Report on plague and inoculation in the Punjab from October 1st ... to September 30th..., being the ... season of plague in the province
Disease focus: Plague
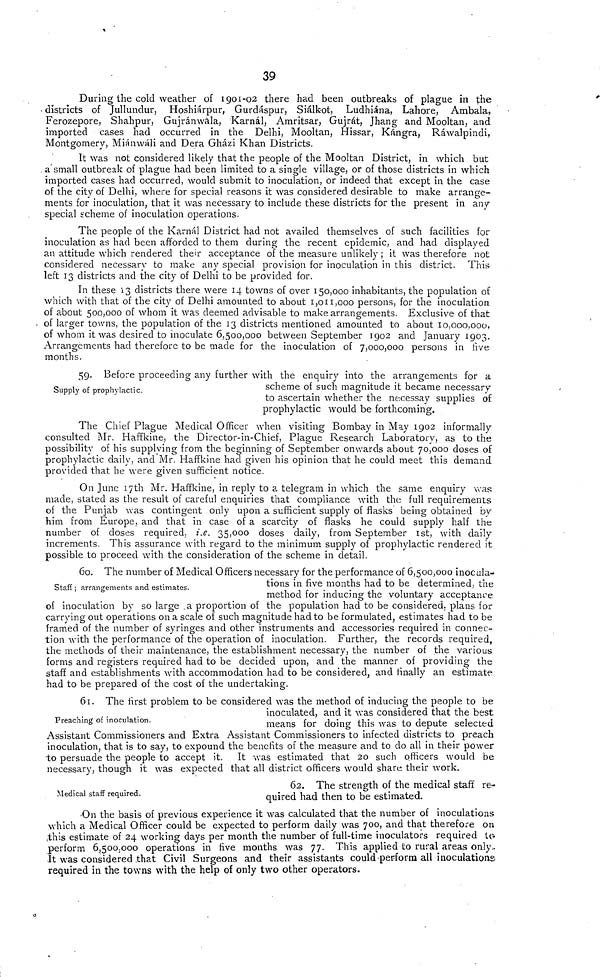
39
During the cold weather of 1901-02 there had been outbreaks of plague in the
• districts of Jullundur, Hoshiárpur, Gurdáspur, Siálkot, Ludhiána, Lahore, Ambala,
Ferozepore, Shahpur, Gujránwala, Karnál, Amritsar, Gujrát, Jhang and Mooltan, and
imported cases had occurred in the Delhi, Mooltan, Hissar, Kángra, Ráwalpindi,
Montgomery, Miánwáli and Dera Gházi Khan Districts.
It was not considered likely that the people of the Mooltan District, in which but
a small outbreak of plague had been limited to a single village, or of those districts in which
imported cases had occurred, would submit to inoculation, or indeed that except in the case
of the city of Delhi, where for special reasons it was considered desirable to make arrange-
ments for inoculation, that it was necessary to include these districts for the present in any
special scheme of inoculation operations.
The people of the Karnál District had not availed themselves of such facilities for
inoculation as had been afforded to them during the recent epidemic, and had displayed
an attitude which rendered their acceptance of the measure unlikely ; it was therefore not
considered necessary to make any special provision for inoculation in this district. This
left 13 districts and the city of Delhi to be provided for.
In these 13 districts there were 14 towns of over 150,000 inhabitants, the population of
which with that of the city of Delhi amounted to about 1,011,000 persons, for the inoculation
of about 500,000 of whom it was deemed advisable to make arrangements. Exclusive of that
of larger towns, the population of the 13 districts mentioned amounted to about 10,000,000,
of whom it was desired to inoculate 6,500,000 between September 1902 and January 1903.
Arrangements had therefore to be made for the inoculation of 7,000,000 persons in five
months.
Supply of prophylactic.
59. Before proceeding any further with the enquiry into the arrangements for a
scheme of such magnitude it became necessary
to ascertain whether the necessay supplies of
prophylactic would be forthcoming.
The Chief Plague Medical Officer when visiting Bombay in May 1902 informally
consulted Mr. Haffkine, the Director-in-Chief, Plague Research Laboratory, as to the
possibility of his supplying from the beginning of September onwards about 70,000 doses of
prophylactic daily, and Mr. Haffkine had given his opinion that he could meet this demand
provided that he were given sufficient notice.
On June 17th Mr. Haffkine, in reply to a telegram in which the same enquiry was
made, stated as the result of careful enquiries that compliance with the full requirements
of the Punjab was contingent only upon a sufficient supply of flasks being obtained by
him from Europe, and that in case of a scarcity of flasks he could supply half the
number of doses required, i.e. 35,000 doses daily, from September 1st, with daily
increments. This assurance with regard to the minimum supply of prophylactic rendered it
possible to proceed with the consideration of the scheme in detail.
Staff ; arrangements and estimates.
60. The number of Medical Officers necessary for the performance of 6,500,000 inocula-
tions in five months had to be determined, the
method for inducing: the voluntary acceptance
of inoculation by so large a proportion of the population had to be considered, plans for
carrying" out operations on a scale of such magnitude had to be formulated, estimates had to be
framed of the number of syringes and other instruments and accessories required in connec-
tion with the performance of the operation of inoculation. Further, the records required,
the methods of their maintenance, the establishment necessary, the number of the various
forms and registers required had to be decided upon, and the manner of providing the
staff and establishments with accommodation had to be considered, and finally an estimate
had to be prepared of the cost of the undertaking.
Preaching of inoculation.
61. The first problem to be considered was the method of inducing: the people to be
inoculated, and it was considered that the best
means for doing this was to depute selected
Assistant Commissioners and Extra Assistant Commissioners to infected districts to preach
inoculation, that is to say, to expound the benefits of the measure and to do all in their power
to persuade the people to accept it. It was estimated that 20 such officers would be
necessary, though it was expected that all district officers would share their work.
Medical staff required.
62. The strength of the medical staff re-
quired had then to be estimated.
On the basis of previous experience it was calculated that the number of inoculations
which a Medical Officer could be expected to perform daily was 700, and that therefore on
this estimate of 24 working days per month the number of full-time inoculators required to
perform 6,500,000 operations in five months was 77. This applied to rural areas only-
It was considered that Civil Surgeons and their assistants could perform all inoculations
required in the towns with the help of only two other operators.